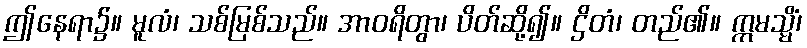
ဤနေရာ၌။ မူလံ၊ သစ်မြစ်သည်။ အာဝရိတွာ၊ ပိတ်ဆို့၍။ ဌိတံ၊ တည်၏။ ဣမသ္မိံ၊